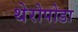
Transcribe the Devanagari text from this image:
थेरोपोडा